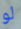
لو